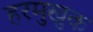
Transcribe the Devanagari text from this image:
हरमुखुक